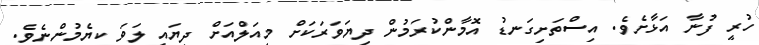
ހުރީ ފުނާ އަޅާށެވެ. އިސްތަށިގަނޑު އޮމާންކުރަމުން ދިޔަވަރަކަށް މިއަލްއަށް ދިޔައީ ލަވަ ކިޔެމުންނެވެ.